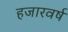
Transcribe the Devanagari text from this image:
हजारवर्ष